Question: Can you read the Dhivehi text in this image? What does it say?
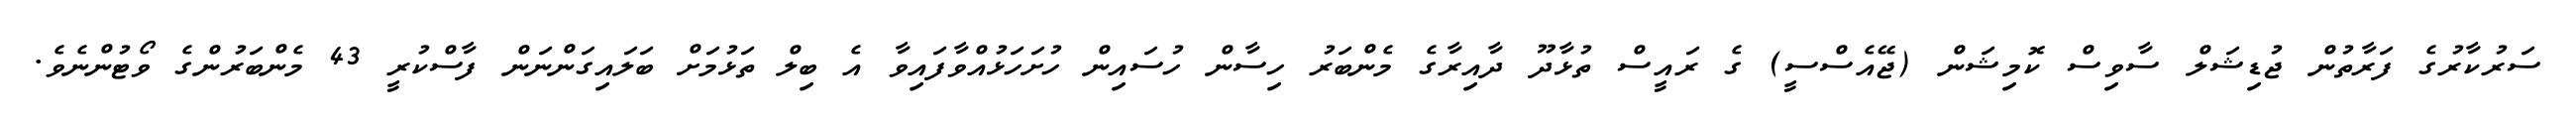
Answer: ސަރުކާރުގެ ފަރާތުން ޖުޑިޝަލް ސާވިސް ކޮމިޝަން (ޖޭއެސްސީ) ގެ ރައީސް ތުޅާދޫ ދާއިރާގެ މެންބަރު ހިސާން ހުސައިން ހުށަހަޅުއްވާފައިވާ އެ ބިލް ތަޅުމަށް ބަލައިގަންނަން ފާސްކުރީ 43 މެންބަރުންގެ ވޯޓުންނެވެ.